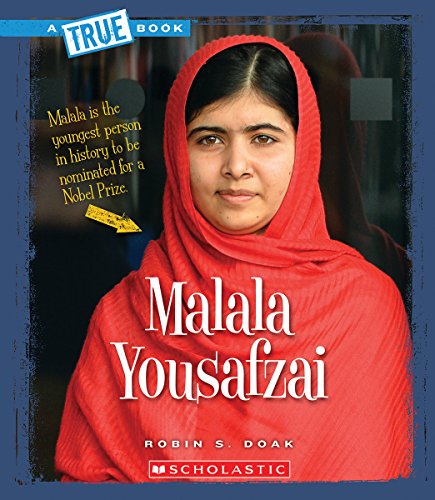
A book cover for Malala Yousafzai (True Books); Robin S. Doak; Children's Books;